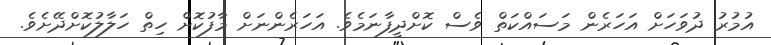
އުމުރު ދުވަހަށް އަހަރެން މަސައްކަތް ވެސް ކޮށްދީފާނަމެވެ. އަހަރެންނަށް މާފުކޮށް ހިތް ހަލާލުކޮށްދޭށެވެ.